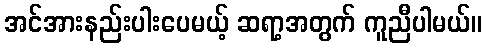
အင်အားနည်းပါးပေမယ့် ဆရာ့အတွက် ကူညီပါမယ်။